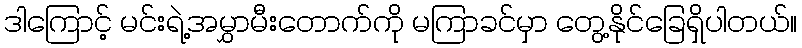
ဒါကြောင့် မင်းရဲ့အမွှာမီးတောက်ကို မကြာခင်မှာ တွေ့နိုင်ခြေရှိပါတယ်။